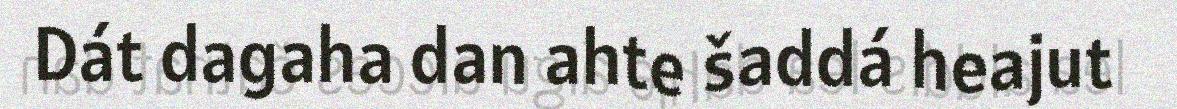
Dát dagaha dan ahte šaddá heajut